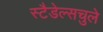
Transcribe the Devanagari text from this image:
स्टैडेल्सचुले